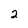
Character: 2